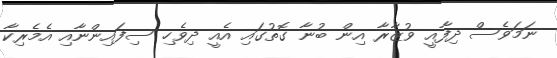
ނަމަވެސް ދިފާއީ ވުޒާރާ އިން ބުނާ ގޮތުގައި އެއީ ދިވެހި ސިފައިންނާއި އެމެރިކާ